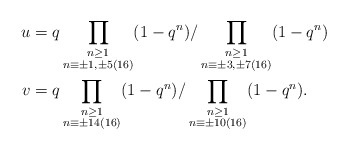
\begin{align*}u & = q \prod_{\substack{n \geq 1\\ n \equiv \pm 1,\pm 5 (16)}} (1-q^n) / \prod_{\substack{n \geq 1 \\ n \equiv \pm 3,\pm 7 (16)}} (1-q^n)\\v & = q \prod_{\substack{n \geq 1\\ n \equiv \pm 14 (16)}} (1-q^n) / \prod_{\substack{n \geq 1 \\ n \equiv \pm 10(16)}} (1-q^n).\end{align*}